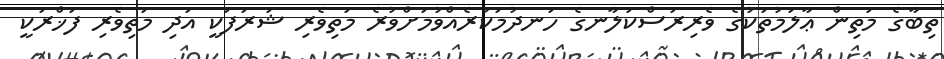
ތިބާގެ މަތިން ޢާލަމުތަކުގެ ވެރިރަސްކަލާނގެ ހަނދުމަކުރެއްވުމަށްވުރެ މަތިވެރި ޝަރަފަކީ އަދި މަތިވެރި ފަޚްރަކީ